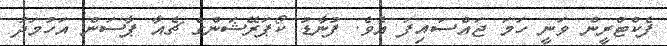
ފެކްޓްރީން ވަނީ ހަމަ ޖައްސައިފަ އެވެ. ފުނާޑު ކޯޕަރޭޝަންގެ ޗެއާ ޕާސަން އަހުމަދު